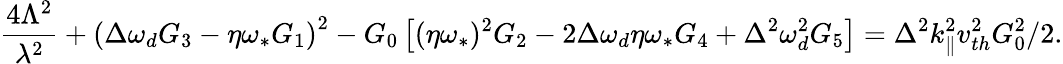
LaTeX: \frac{4\Lambda^{2}}{\lambda^{2}}+\left(\Delta\omega_{d}G_{3}-\eta\omega_{\ast}G_{1}\right)^{2}-G_{0}\left[(\eta\omega_{\ast})^{2}G_{2}-2\Delta\omega_{d}\eta\omega_{\ast}G_{4}+\Delta^{2}\omega_{d}^{2}G_{5}\right]=\Delta^{2}k_{\| }^{2}v_{th}^{2}G_{0}^{2}/2.